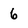
Character: 6